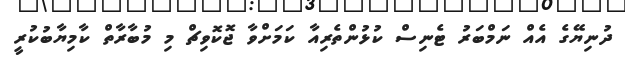
ދުނިޔޭގެ އެއް ނަމްބަރު ޓެނިސް ކުޅުންތެރިއާ ކަމަށްވާ ޖޮކޮވިޗް މި މުބާރާތް ކާމިޔާބުކުރީ